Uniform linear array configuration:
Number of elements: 12
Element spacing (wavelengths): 0.5
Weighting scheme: kaiser
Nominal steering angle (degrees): -60
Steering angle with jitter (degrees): -58.892
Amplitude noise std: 0.05
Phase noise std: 0.05

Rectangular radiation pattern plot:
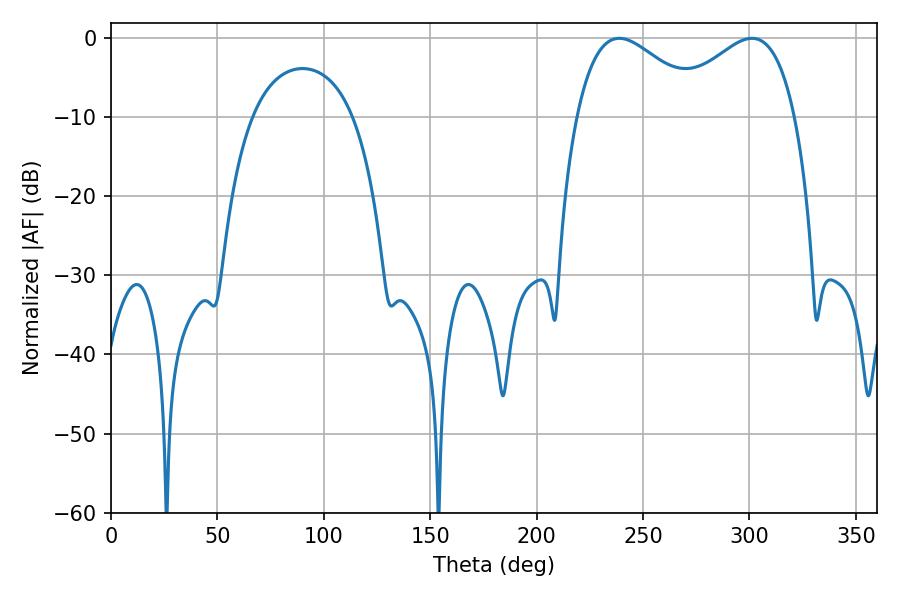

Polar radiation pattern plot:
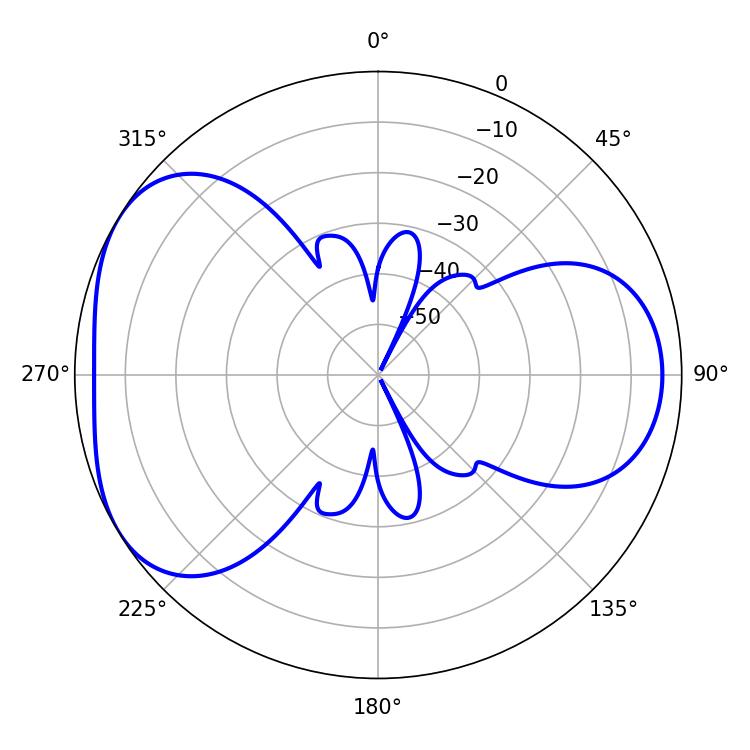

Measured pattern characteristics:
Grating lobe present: FALSE
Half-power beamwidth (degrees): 32.94
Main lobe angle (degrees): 238.86